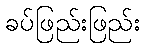
ခပ်ဖြည်းဖြည်း